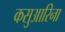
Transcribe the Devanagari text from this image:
कसुआरिना